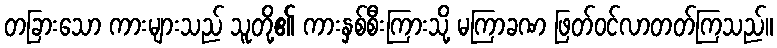
တခြားသော ကားများသည် သူတို့၏ ကားနှစ်စီးကြားသို့ မကြာခဏ ဖြတ်ဝင်လာတတ်ကြသည်။